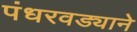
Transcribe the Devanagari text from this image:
पंधरवड्याने